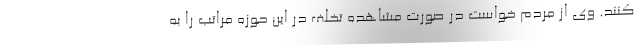
کنند. وی از مردم خواست در صورت مشاهده تخلف در این حوزه مراتب را به